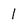
Character: 1